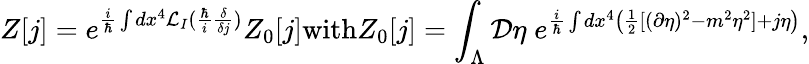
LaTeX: Z[j]=e^{\frac{i}{\hbar}\int dx^{4}{\cal{L}}_{I}(\frac{\hbar}{i}\frac{\delta}{\delta j})}Z_{0}[j]\textrm{with}Z_{0}[j]=\int_{\Lambda}{\cal{D}}\eta\; e^{\frac{i}{\hbar}\int dx^{4}\left(\frac{1}{2}[(\partial\eta)^{2}-m^{2}\eta^{2}]+j\eta\right)},